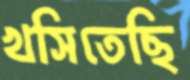
খসিতেছি